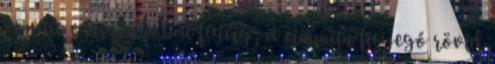
vonult egészen a bal füléig, a cimpáin fityegő rövid